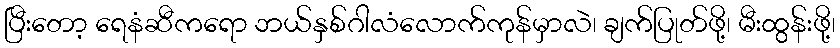
ပြီးတော့ ရေနံဆီကရော ဘယ်နှစ်ဂါလံလောက်ကုန်မှာလဲ၊ ချက်ပြုတ်ဖို့၊ မီးထွန်းဖို့၊